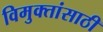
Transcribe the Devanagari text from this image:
विमुक्तांसाठी